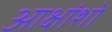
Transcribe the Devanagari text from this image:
आक्षांशों